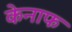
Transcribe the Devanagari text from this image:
केनाफ